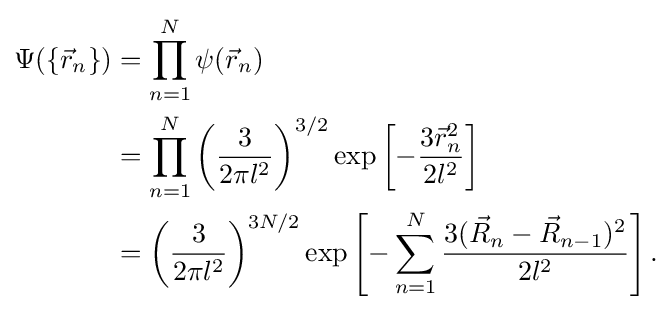
{\begin{aligned}\Psi (\left\{{\vec {r}}_{n}\right\})&=\prod _{n=1}^{N}\psi ({\vec {r}}_{n})\\&=\prod _{n=1}^{N}\left({\frac {3}{2\pi l^{2}}}\right)^{3/2}\exp \left[-{\frac {3{\vec {r}}_{n}^{2}}{2l^{2}}}\right]\\&=\left({\frac {3}{2\pi l^{2}}}\right)^{3N/2}\exp \left[-\sum _{n=1}^{N}{\frac {3({\vec {R}}_{n}-{\vec {R}}_{n-1})^{2}}{2l^{2}}}\right].\end{aligned}}